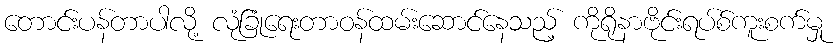
တောင်းပန်တာပါလို့ လုံခြုံရေးတာဝန်ထမ်းဆောင်နေသည့် ကိုရိုနာဗိုင်းရပ်စ်ကူးစက်မှု